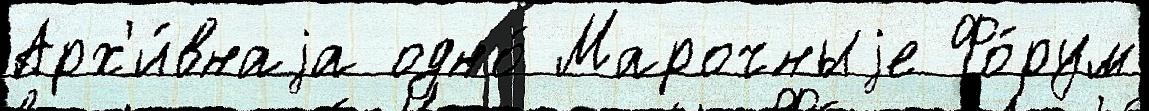
Арх'и́внаjа одно́ Марочныjе Фо́рум